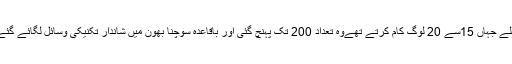
پہلے جہاں 15سے 20 لوگ کام کرتے تھےوہ تعداد 200 تک پہنچ گئی اور باقاعدہ سوچنا بھون میں شاندار تکنیکی وسائل لگائے گئے۔